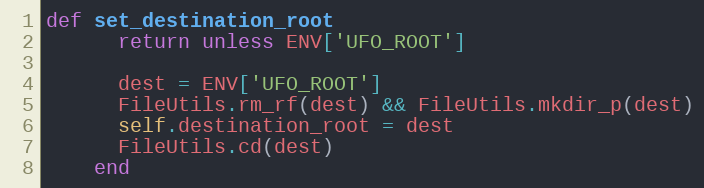
Language: Ruby
def set_destination_root
      return unless ENV['UFO_ROOT']

      dest = ENV['UFO_ROOT']
      FileUtils.rm_rf(dest) && FileUtils.mkdir_p(dest)
      self.destination_root = dest
      FileUtils.cd(dest)
    end